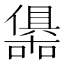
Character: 𭌀